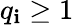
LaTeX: q_{\mathbf{i}}\geq1